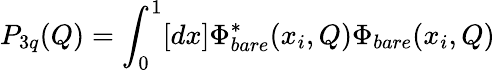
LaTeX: P_{3q}(Q)=\int_{0}^{1}[dx]\Phi_{bare}^{*}(x_{i},Q)\Phi_{bare}(x_{i},Q)